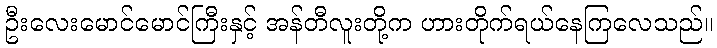
ဦးလေးမောင်မောင်ကြီးနှင့် အန်တီလူးတို့က ဟားတိုက်ရယ်နေကြလေသည်။